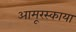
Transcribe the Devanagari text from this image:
आमूरस्काया